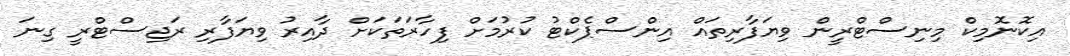
އިކޮނޮމިކް މިނިސްޓްރީން ވިޔަފާރިތައް އިންސްޕެކްޓު ކުރުމަށް ފިހާރަތަކަށް ދާއިރު ވިޔަފާރި ރަޖިސްޓްރީ ގިނަ